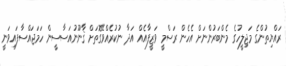
ރައްޔިތުންގެ މަޖިލީހުގެ މެންބަރުންނަށް އެހެން ރަސްމީ ވަޒީފާއެއް އަދާ ނުކުރެއްވޭގޮތަށް ޤާނޫނުއަސާސީން ހަމަޖައްސާފައިވަނީ